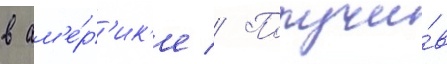
в ам'е́р'ик'е // Получи́в